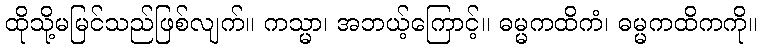
ထိုသို့မမြင်သည်ဖြစ်လျက်။ ကသ္မာ၊ အဘယ့်ကြောင့်။ ဓမ္မကထိကံ၊ ဓမ္မကထိကကို။